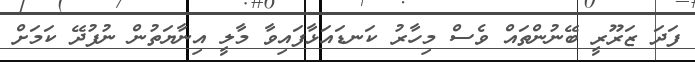
ފަދަ ޒަރޫރީ ބޭނުންތައް ވެސް މިހާރު ކަނޑައަޅާފައިވާ މާލީ އިނާޔަތުން ނުފުދޭ ކަމަށް